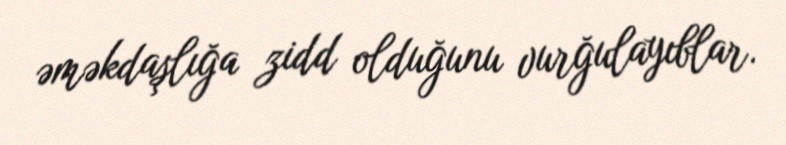
əməkdaşlığa zidd olduğunu vurğulayıblar.